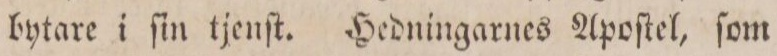
bytare i ſin tjenſt. Hedningarnes Apoſtel, ſom